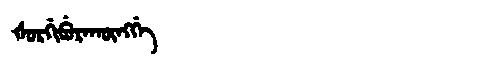
Manchu: ᡧᠣᡵᡤᡳᠪᡠᡵᠠᡴᡡᠩᡤᡝ
Romanization: ŠORGIBURAKŪNGGE